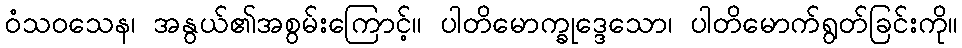
ဝံသဝသေန၊ အနွယ်၏အစွမ်းကြောင့်။ ပါတိမောက္ခုဒ္ဒေသော၊ ပါတိမောက်ရွတ်ခြင်းကို။